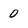
Character: 0